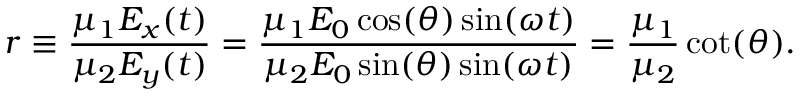
r \equiv \frac { \mu _ { 1 } E _ { x } ( t ) } { \mu _ { 2 } E _ { y } ( t ) } = \frac { \mu _ { 1 } E _ { 0 } \cos ( \theta ) \sin ( \omega t ) } { \mu _ { 2 } E _ { 0 } \sin ( \theta ) \sin ( \omega t ) } = \frac { \mu _ { 1 } } { \mu _ { 2 } } \cot ( \theta ) .